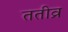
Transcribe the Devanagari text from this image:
ततीव्र